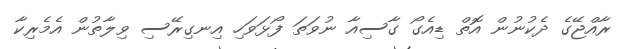
ރާއްޖޭގެ ދެކުނުން އޮތް ޑިއެގޯ ގާސިއާ ނުވަތަ ފޯޅަވަހި އިނގިރޭސި ވިލާތުން އެމެރިކާ